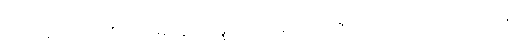
ကြဉ်အပ်သော ဝိပါတ် မနောသမ္ဖဿအား။ သဟဇာတ။ ပ။ အဝိဂတဝသေန၊